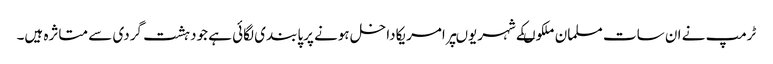
ٹرمپ نے ان سات مسلمان ملکوںکے شہریوںپرامریکاداخل ہونے پرپابندی لگائی ہے جودہشت گردی سے متاثرہ ہیں۔